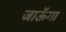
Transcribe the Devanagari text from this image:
जाऊॅगा